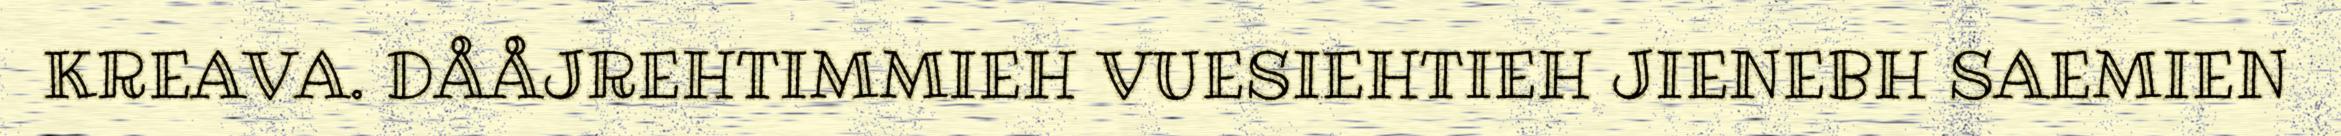
KREAVA. DÅÅJREHTIMMIEH VUESIEHTIEH JIENEBH SAEMIEN